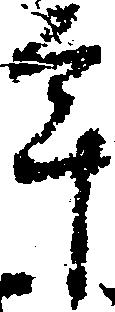
年